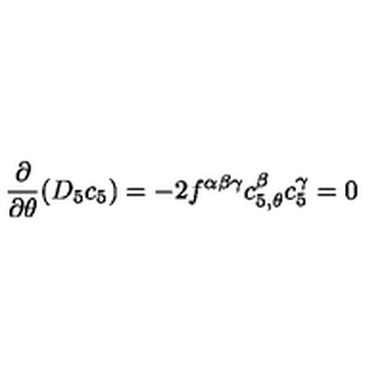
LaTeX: \frac { \partial } { \partial \theta } ( D _ { 5 } c _ { 5 } ) = - 2 f ^ { \alpha \beta \gamma } c _ { 5 , \theta } ^ { \beta } c _ { 5 } ^ { \gamma } = 0